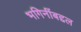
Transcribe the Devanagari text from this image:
भगिनींबद्दल